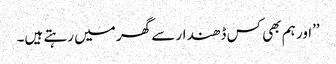
’’اور ہم بھی کس ڈھندار سے گھر میں رہتے ہیں۔